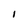
Character: 1